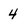
Character: 4